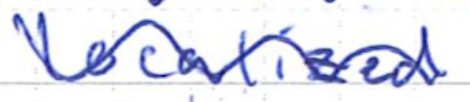
Text: localized
Cross-out: mix
Writing tool: ballpoint